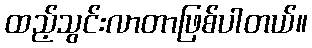
ထည့်သွင်းလာတာဖြစ်ပါတယ်။